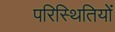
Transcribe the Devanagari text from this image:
परिस्‍िथतियों